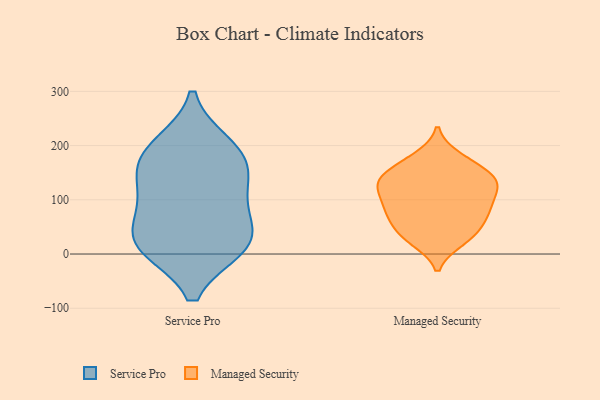
{"axis": {"x": "Net Income (USD K)", "y": "Value"}, "legend": ["Managed Security", "Service Pro"], "data": [{"x": "", "y": 21, "type": "Service Pro"}, {"x": "", "y": 170, "type": "Service Pro"}, {"x": "", "y": 200, "type": "Service Pro"}, {"x": "", "y": 14, "type": "Service Pro"}, {"x": "", "y": 142, "type": "Service Pro"}, {"x": "", "y": 186, "type": "Service Pro"}, {"x": "", "y": 85, "type": "Service Pro"}, {"x": "", "y": 14, "type": "Service Pro"}, {"x": "", "y": 32, "type": "Service Pro"}, {"x": "", "y": 108, "type": "Service Pro"}, {"x": "", "y": 91, "type": "Managed Security"}, {"x": "", "y": 133, "type": "Managed Security"}, {"x": "", "y": 137, "type": "Managed Security"}, {"x": "", "y": 133, "type": "Managed Security"}, {"x": "", "y": 118, "type": "Managed Security"}, {"x": "", "y": 77, "type": "Managed Security"}, {"x": "", "y": 170, "type": "Managed Security"}, {"x": "", "y": 26, "type": "Managed Security"}, {"x": "", "y": 88, "type": "Managed Security"}, {"x": "", "y": 45, "type": "Managed Security"}, {"x": "", "y": 25, "type": "Managed Security"}, {"x": "", "y": 78, "type": "Managed Security"}, {"x": "", "y": 133, "type": "Managed Security"}, {"x": "", "y": 178, "type": "Managed Security"}, {"x": "", "y": 36, "type": "Managed Security"}, {"x": "", "y": 56, "type": "Managed Security"}, {"x": "", "y": 164, "type": "Managed Security"}, {"x": "", "y": 139, "type": "Managed Security"}, {"x": "", "y": 84, "type": "Managed Security"}, {"x": "", "y": 121, "type": "Managed Security"}]}